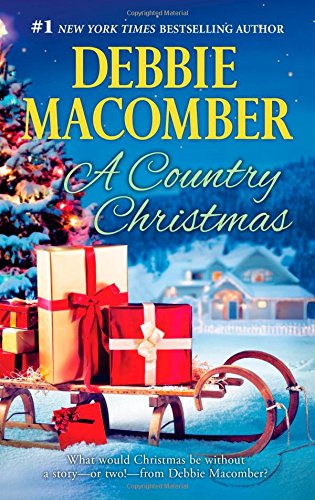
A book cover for A Country Christmas: Buffalo Valley\Return to Promise (Heart of Texas); Debbie Macomber; Romance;